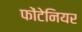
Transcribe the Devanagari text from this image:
फोंटेनियर